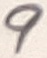
Text: 9